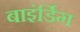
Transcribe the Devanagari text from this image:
बाइंर्डिग